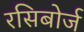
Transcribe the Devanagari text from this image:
रसिबोर्ज